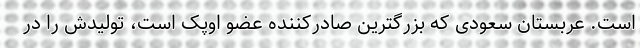
است. عربستان سعودی که بزرگترین صادرکننده عضو اوپک است، تولیدش را در